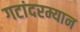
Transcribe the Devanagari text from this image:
गटांदरम्यान